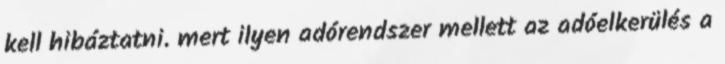
kell hibáztatni. mert ilyen adórendszer mellett az adóelkerülés a